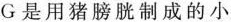
G是用猪膀胱制成的小